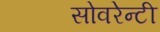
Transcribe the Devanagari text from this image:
सोवरेन्टी